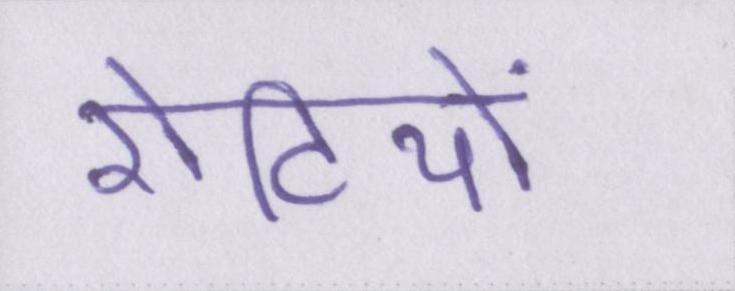
रोटियों